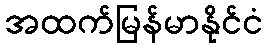
အထက်မြန်မာနိုင်ငံ